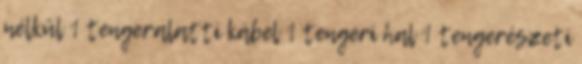
nélkül 1 tengeralatti kábel 1 tengeri hal 1 tengerészeti